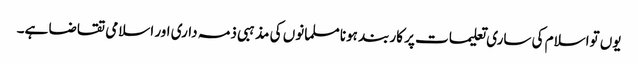
یوں تواسلام کی ساری تعلیمات پر کاربند ہونا مسلمانوں کی مذہبی ذمہ داری اور اسلامی تقاضا ہے۔